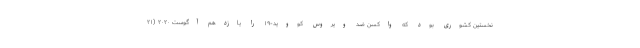
نخستین کشوری بود که واکسن ضد ویروس کووید-۱۹ را یازدهم آگوست ۲۰۲۰ (۲۱